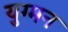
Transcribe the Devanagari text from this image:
युग्‍मन